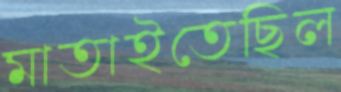
মাতাইতেছিল